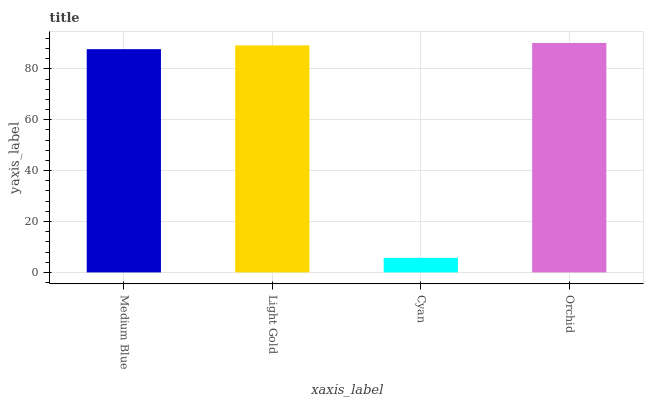
| xaxis_label | bars |
 | --- | --- |
 | Medium Blue | 87.8 |
 | Light Gold | 89.2 |
 | Cyan | 5.73 |
 | Orchid | 90.2 |